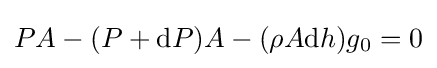
PA-(P+{\text{d}}P)A-(\rho A{\text{d}}h)g_{0}=0